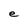
Character: e